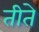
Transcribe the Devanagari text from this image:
तीते